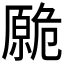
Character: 𱑡